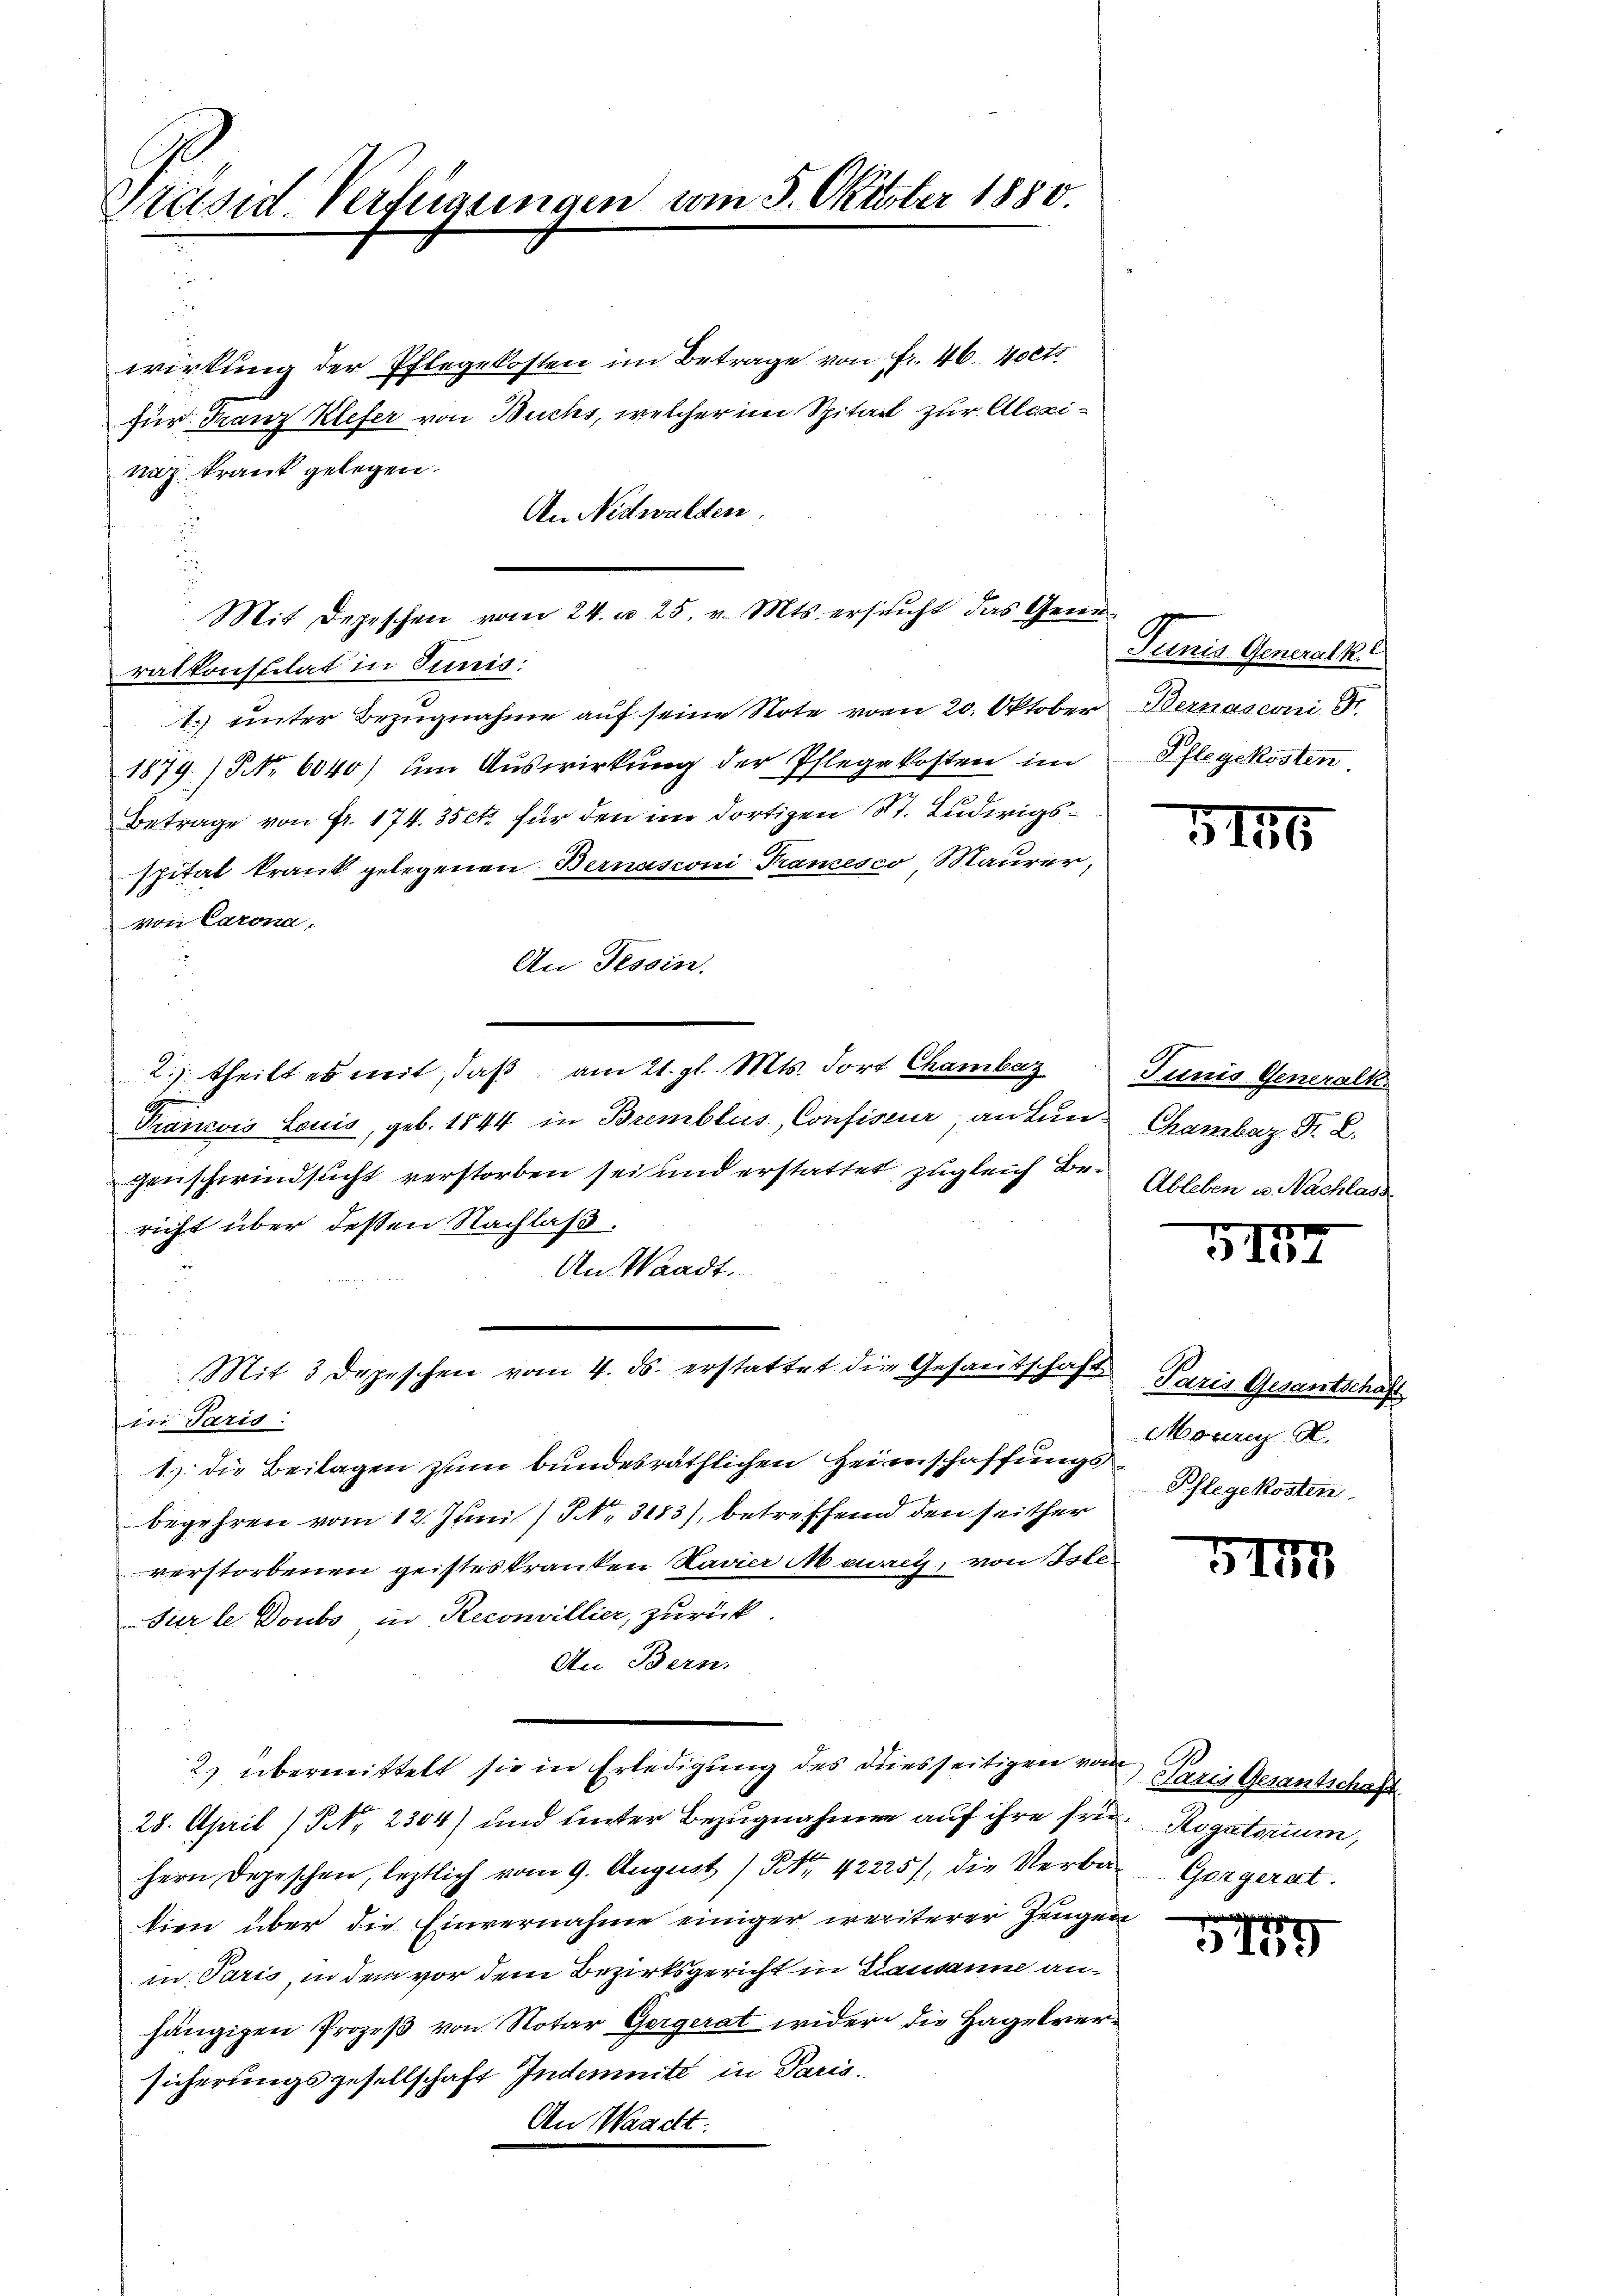
Präsid. Verfügungen vom 5. Oktober 1880.

Mit Depeschen vom 24. d. 25. v. Mts. ersucht das Generatkonstitat in Junis:

wirkung der Pflegekosten im Betrage von Fr. 46. Volti
für Franz Klefer von Buchs, welcher im Spital zur Alexinaz krank gelegen.
An Nidwalden.
1.) einter Bezugnahme auf seine Note vom 20. Oktober
1879.) No 6040) um Auswirkung der Pflegekosten im
Betrage von Fr. 174. 35 ct. für den im dortigen St. Ludwigsspital krank gelegenen Bernasconi Francesco Maurer,
von Carona.
An Tessin.
2. theilt es mit, daß am 21. gl. Mts. dort Chamber
Trancois Louis, geb. 1844 in Bremblus, Confiseur an tun Chamber F. L.
genschwindsucht verstorben sei und erstattet zugleich der Ableben u. Nachlass
richt über dessen Nachlaß.
An Waadt.
Mit 3 Depeschen vom 4. ds. erstattet die Gesantschaft
in Paris:
1) die Beilagen zum bundesräthlichen Heirnschaffungs
begehren vom 12. Juni / NNo. 3183), betreffend den seither
verstorbenen geisteskranken Navier Maurey, von Isle¬
Türle Doubs in Reconvillier, zurück
An Bern.
2) übermittelt sie in Erledigung des diesseitigen von Paris Gesantschaft
28. April (NNo. 2304) und hinter Bezugnahmen auf ihre frü- Rogatorium,
Hern Depeschen, letztlich vom 9. August / Nr. 42225), die Verba- Gorgerat.
dien über die Einvernahme einiger weiterer Zeugen
in Paris, in dem vor dem Bezirksgericht in Lausanne anhängigen Prozeß von Notar Gergerat wider die Hagelversicherungsgesellschaft Indemnité in Paris.
An Waacht:

Junis Generalk
Bernasconi Sr.
Pflegekosten.

e

3146

Junis Generalk

5137

Paris Gesantschaft
Mouren A.
Pflege kosten

5II

aegeringegen
109